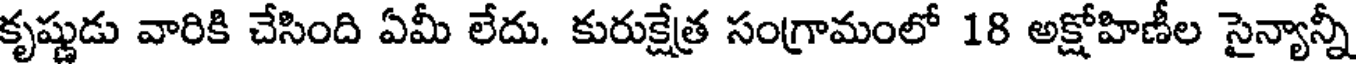
కృష్ణుడు వారికి చేసింది ఏమీ లేదు. కురుక్షేత్ర సంగ్రామంలో 18 అక్షోహిణీల సైన్యాన్నీ